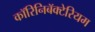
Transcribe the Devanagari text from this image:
कॉरिनिबॅक्टेरियम